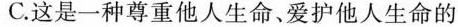
C.这是一种尊重他人生命、爱护他人生命的